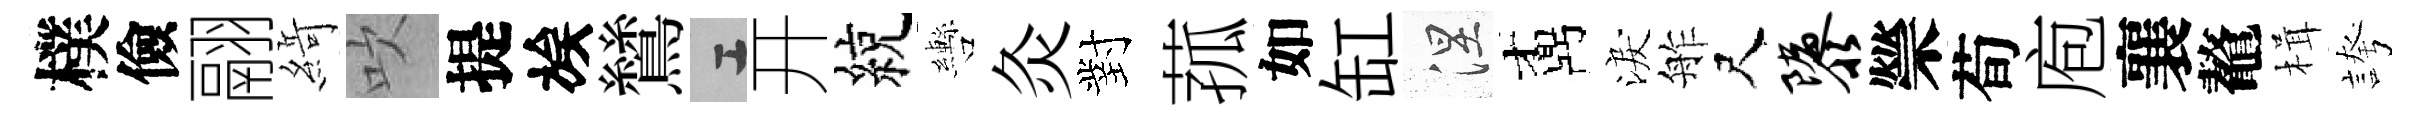
樸儉翮𦂶吹提族鷥工开綂轡灸對菰如缸涅鼒淚舴尺隳禜荀庖襄鼇楫誇